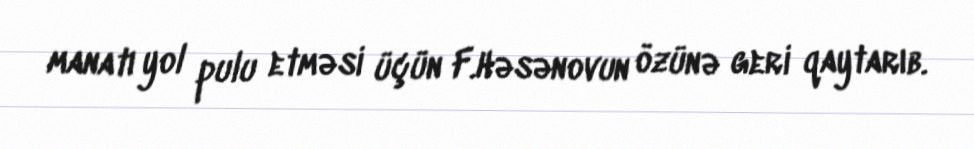
manatı yol pulu etməsi üçün F.Həsənovun özünə geri qaytarıb.